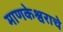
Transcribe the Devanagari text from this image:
माणकेश्वराचे